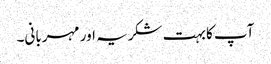
آپ کا بہت شکریہ اور مہربانی۔